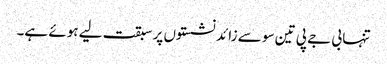
تنہا بی جے پی تین سو سے زائد نشستوں پر سبقت لیے ہوئے ہے۔